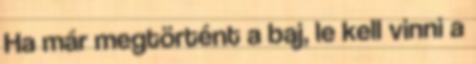
Ha már megtörtént a baj, le kell vinni a